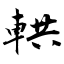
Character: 輁